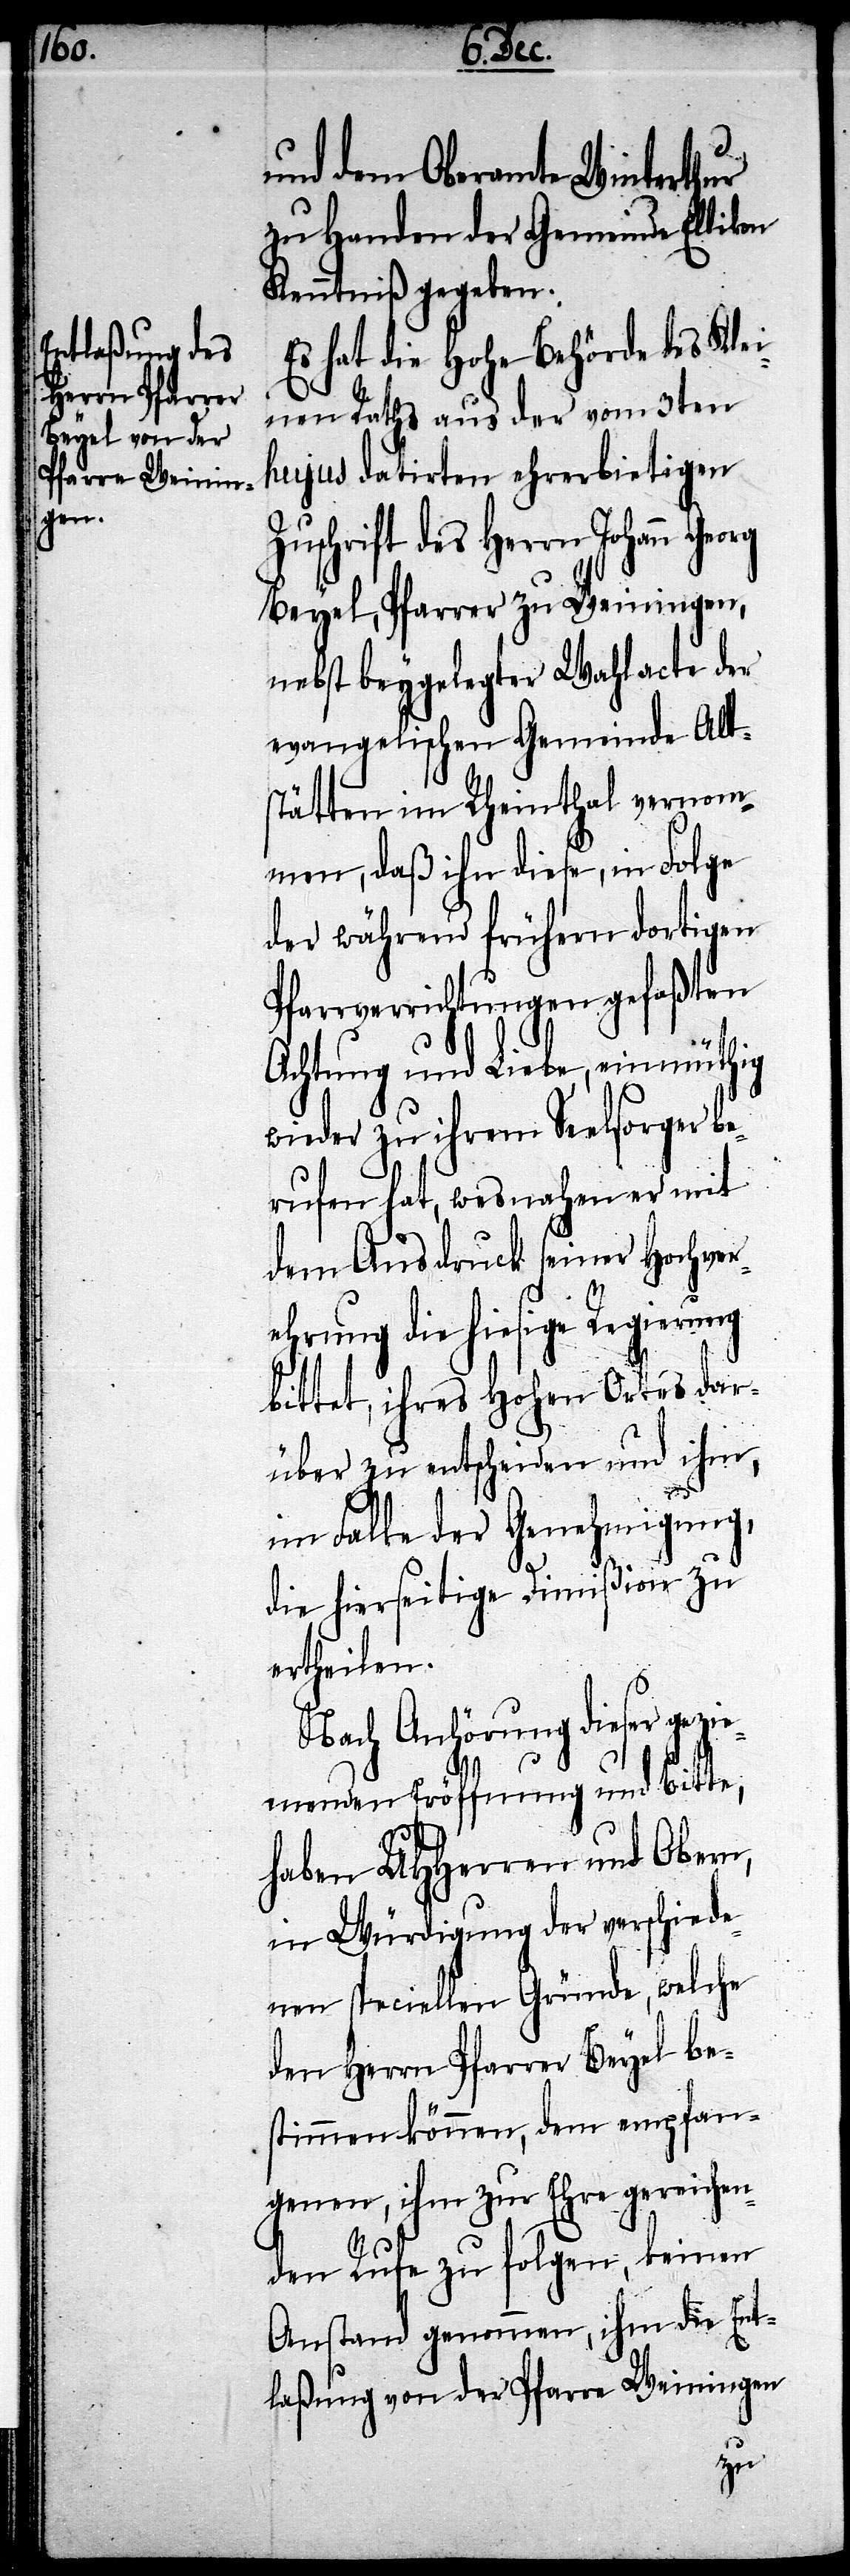
und dem Oberamte Winterthur
zu Handen der Gemeinde Ellikon
Kenntniß gegeben.
Es hat die Hohe Behörde des Klei¬
nen Raths aus der vom 3ten
hujus datirten ehrerbietigen
Zuschrift des Herrn Johann
Beyel, Pfarrer zu Weiningen,
nebst beygelegter Wahlacte der
evangelischen Gemeinde Alt¬
stätten im Rheinthal vernom¬
men, daß ihn diese, in Folge
der während frühern dortigen
Pfarrverrichtungen gefaßten
Achtung und Liebe, einmüthig
wieder zu ihrem Seelsorger be¬
rufen hat, wesnahen er mit
dem Ausdruck seiner Hochver¬
ehrung die hiesige Regierung
bittet, ihres Hohen Ortes dar¬
über zu entscheiden und ihm,
im Falle der Genehmigung,
die hierseitige Dimißion zu
ertheilen.
Nach Anhörung diese gezie¬
menden Eröffnung und Bitte,
haben UHHerren und Obern,
in Würdigung der verschiede¬
nen speciellen Gründe, welche
den Herrn Pfarrer Beyel be¬
stimmen können, dem empfan¬
genen, ihm zur Ehre gereichen¬
den Rufe zu folgen, keinen
Anstand genommen, ihm die Ent¬
laßung von der Pfarre Weiningen